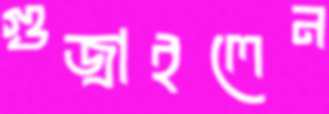
গুজ্‌রাইলেন